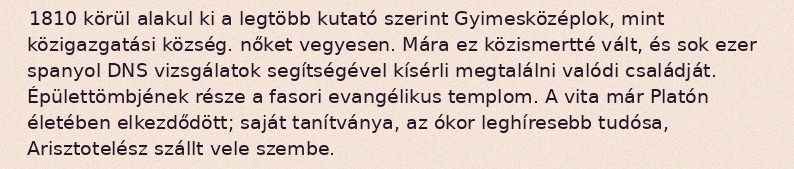
1810 körül alakul ki a legtöbb kutató szerint Gyimesközéplok, mint közigazgatási község. nőket vegyesen. Mára ez közismertté vált, és sok ezer spanyol DNS vizsgálatok segítségével kísérli megtalálni valódi családját. Épülettömbjének része a fasori evangélikus templom. A vita már Platón életében elkezdődött; saját tanítványa, az ókor leghíresebb tudósa, Arisztotelész szállt vele szembe.